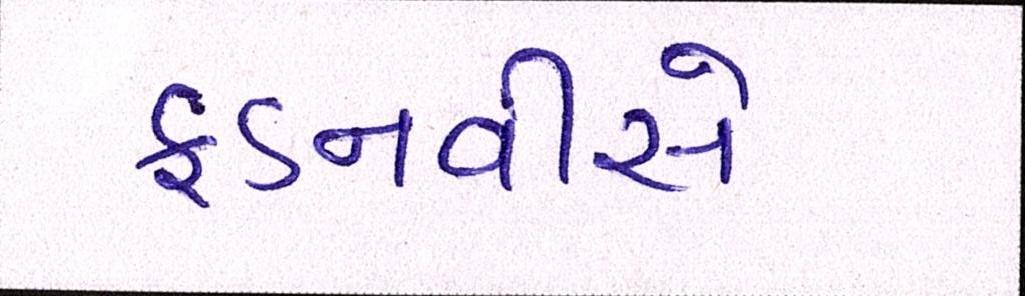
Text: ફડનવીસે